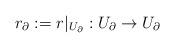
LaTeX: \begin{align*}r_{\partial} &:= r|_{U_{\partial}} : U_{\partial} \rightarrow U_{\partial}\end{align*}